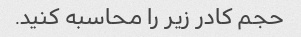
حجم کادر زیر را محاسبه کنید.